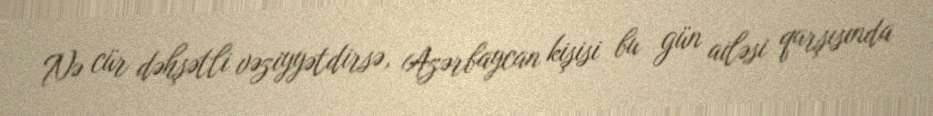
Nə cür dəhşətli vəziyyətdirsə, Azərbaycan kişisi bu gün ailəsi qarşısında